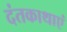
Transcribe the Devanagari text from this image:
दंतकाथाएं